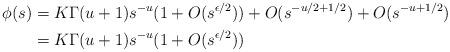
LaTeX: \begin{align*} \phi(s) & = K\Gamma(u+1) s^{-u} (1+O(s^{\epsilon/2})) + O(s^{-u/2+1/2}) + O(s^{-u+1/2}) \\& = K\Gamma(u+1) s^{-u} (1+O(s^{\epsilon/2}))\end{align*}